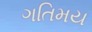
ગતિમય